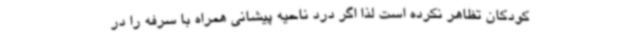
کودکان تظاهر نکرده است لذا اگر درد ناحیه پیشانی همراه با سرفه را در